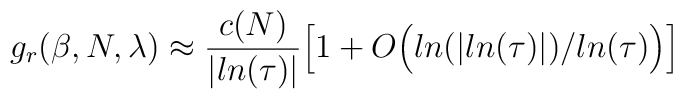
g_r(\beta,N,\lambda) \approx \frac{c(N)} {\vert ln(\tau)\vert}\Big[ 1 + O\Big( ln(\vert ln(\tau)\vert)/ln(\tau)\Big)\Big]